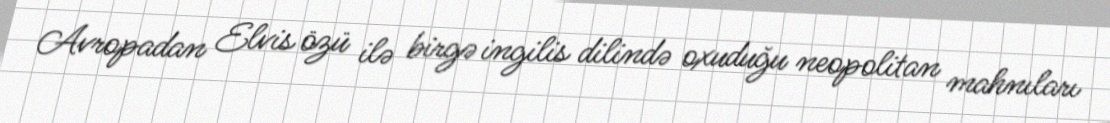
Avropadan Elvis özü ilə birgə ingilis dilində oxuduğu neopolitan mahnıları